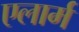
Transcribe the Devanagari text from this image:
एलार्म